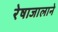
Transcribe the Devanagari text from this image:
रेषाजालाने